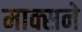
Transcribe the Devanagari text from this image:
माक्सने